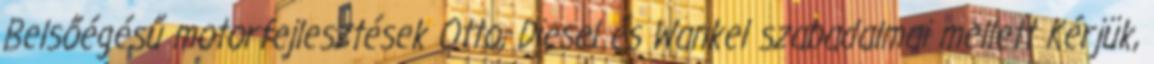
Belsőégésű motorfejlesztések Otto, Diesel és Wankel szabadalmai mellett Kérjük,